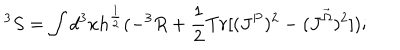
^ 3 S = \int d ^ { 3 } x h ^ { \frac { 1 } { 2 } } ( - ^ { 3 } R + \frac { 1 } { 2 } T r [ ( J ^ { P } ) ^ { 2 } - ( J ^ { \vec { \Omega } } ) ^ { 2 } ] ) ;